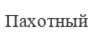
Пахотный